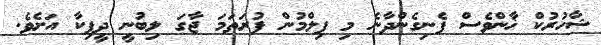
ޝާހުރުކް ޚާންވެސް ފެނިގެންދާނެ މި ފިލްމުން ފުރަތަމަ ޖާގަ ލިބުނީ ދީޕިކާ އަށެވެ.